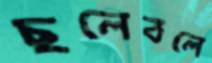
ছলেবলে